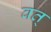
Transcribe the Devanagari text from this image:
वत्